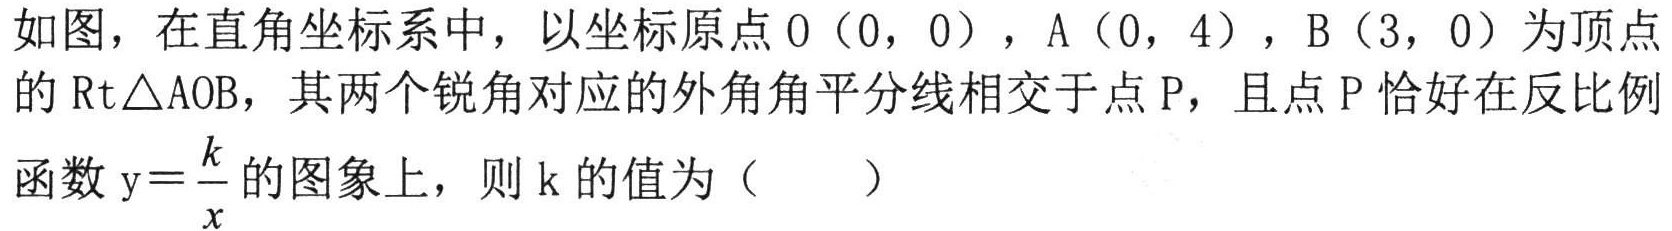
如图，在直角坐标系中，以坐标原点\(O(0,0)\)，\(A(0,4)\)，\(B(3,0)\)为顶点的\(\mathrm{Rt}\triangle AOB\)，其两个锐角对应的外角角平分线相交于点\(P\)，且点\(P\)恰好在反比例函数\(y = \frac{k}{x}\)的图象上，则\(k\)的值为（  ）